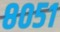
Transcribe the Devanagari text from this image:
८०५१